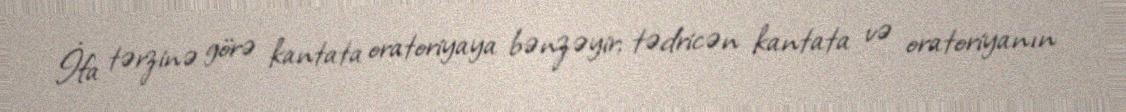
İfa tərzinə görə kantata oratoriyaya bənzəyir; tədricən kantata və oratoriyanın